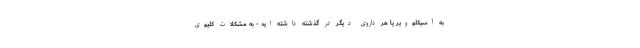
به آسیکلوویر یا هر داروی دیگر در گذشته داشته اید - به مشکلات کلیوی